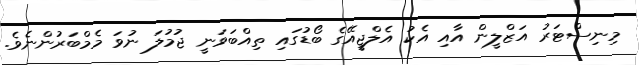
މިނިސްޓަރު އަޒްލީން އާއި އެކު އެލްޖީއޭގެ ބޯޑުގައި ތިއްބަވަނީ ޖުމުލަ ނުވަ މެމްބަރުންނެވެ.